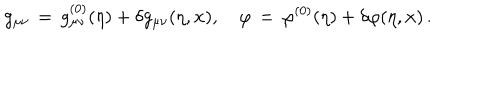
g _ { \mu \nu } \, = \, g _ { \mu \nu } ^ { ( 0 ) } ( \eta ) + \delta g _ { \mu \nu } ( \eta , { \bf x } ) , \quad \varphi \, = \, \varphi ^ { ( 0 ) } ( \eta ) + \delta \varphi ( \eta , { \bf x } ) \, .